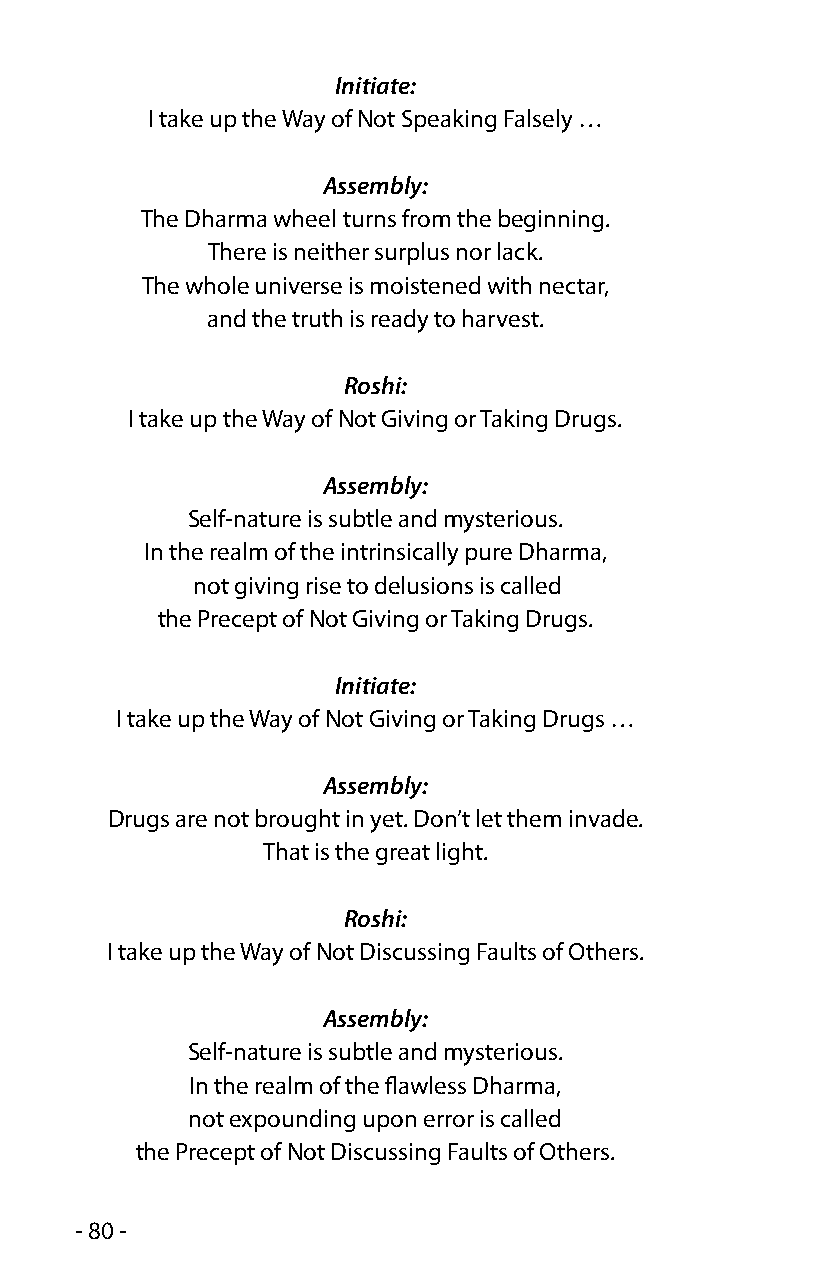
Initiate:
 I take up the Way of Not Speaking Falsely …
 Assembly:
 The Dharma wheel turns from the beginning.
 There is neither surplus nor lack.
 The whole universe is moistened with nectar,
 and the truth is ready to harvest.
 Roshi:
 I take up the Way of Not Giving or Taking Drugs.
 Assembly:
 Self-nature is subtle and mysterious.
 In the realm of the intrinsically pure Dharma,
 not giving rise to delusions is called
 the Precept of Not Giving or Taking Drugs.
 Initiate:
 I take up the Way of Not Giving or Taking Drugs …
 Assembly:
 Drugs are not brought in yet. Don’t let them invade.
 That is the great light.
 Roshi:
 I take up the Way of Not Discussing Faults of Others.
 Assembly:
 Self-nature is subtle and mysterious.
 In the realm of the flawless Dharma,
 not expounding upon error is called
 the Precept of Not Discussing Faults of Others.
 - 80 -